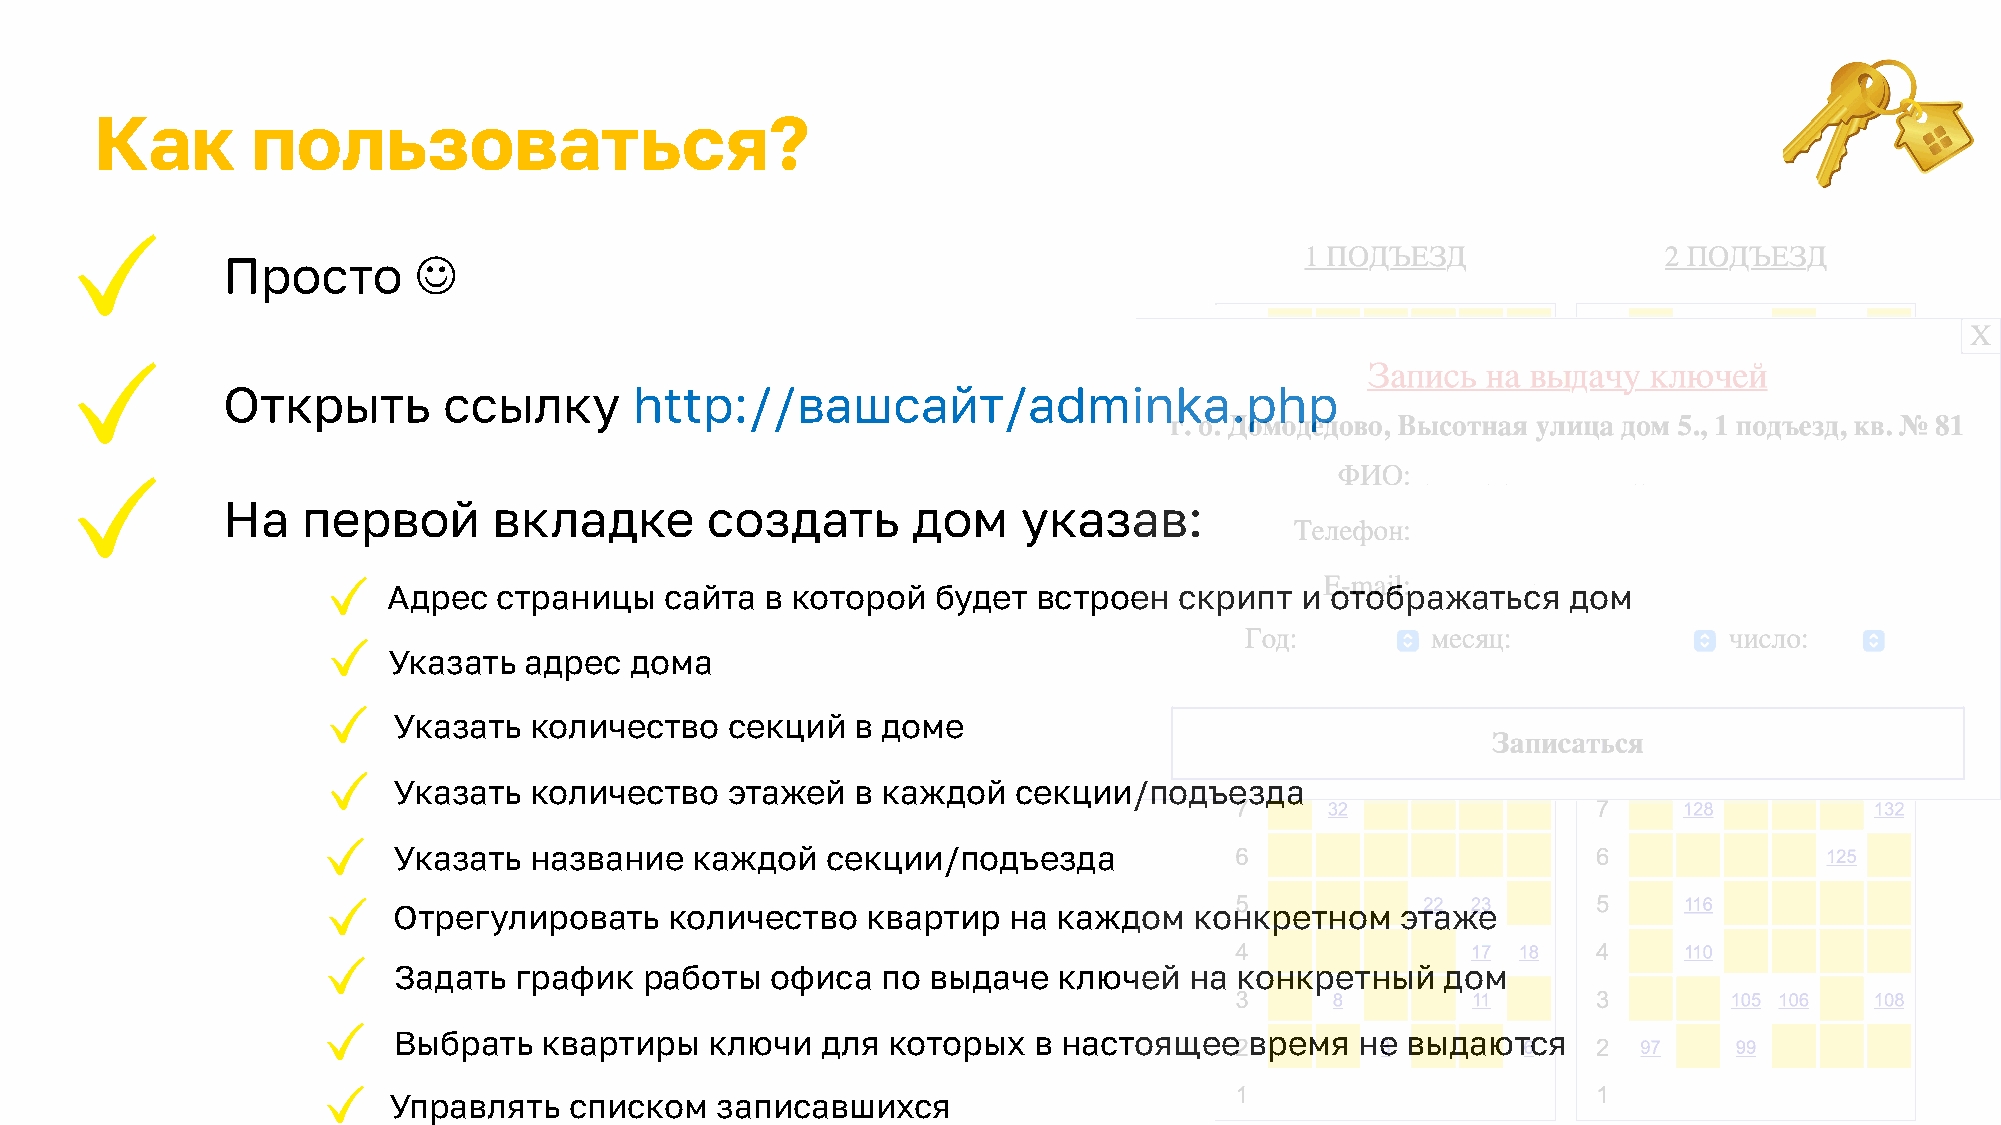
Как        пользоваться?
 Просто      J
 Открыть       ссылку       http://вашсайт/adminka.php
 На   первой       вкладке       создать      дом     указав:
 Адрес  страницы   сайта  в которой  будет  встроен  скрипт  и отображаться    дом
 Указать  адрес  дома
 Указать  количество   секций   в доме
 Указать  количество   этажей   в каждой  секции/подъезда
 Указать  название   каждой   секции/подъезда
 Отрегулировать    количество   квартир   на каждом   конкретном    этаже
 Задать  график   работы  офиса  по выдаче   ключей   на конкретный    дом
 Выбрать   квартиры   ключи  для  которых  в настоящее    время  не выдаются
 Управлять   списком  записавшихся